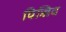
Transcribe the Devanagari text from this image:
विज्जिद